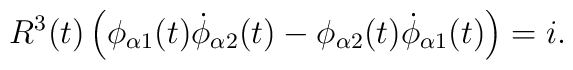
R^3 (t) \left(\phi_{\alpha 1} (t) \dot{\phi}_{\alpha 2} (t)- \phi_{\alpha 2} (t) \dot{\phi}_{\alpha 1} (t) \right) = i.